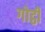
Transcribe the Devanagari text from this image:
गोट्ठी